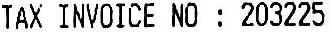
TAX INVOICE NO : 203225